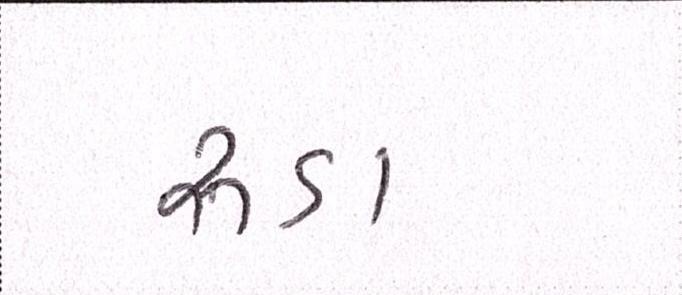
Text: રૂડા